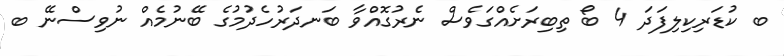
ބ ކުޑަރިކިލިފަދަ 4 ބޯ ތިބިރަށެއްގަވެސް ނެރުގޮއްވާ ބަނދަރުހެދުމުގެ ބޭނުމެއް ނުވިސްނޭ ބ